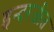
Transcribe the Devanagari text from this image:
इन्दरजीत